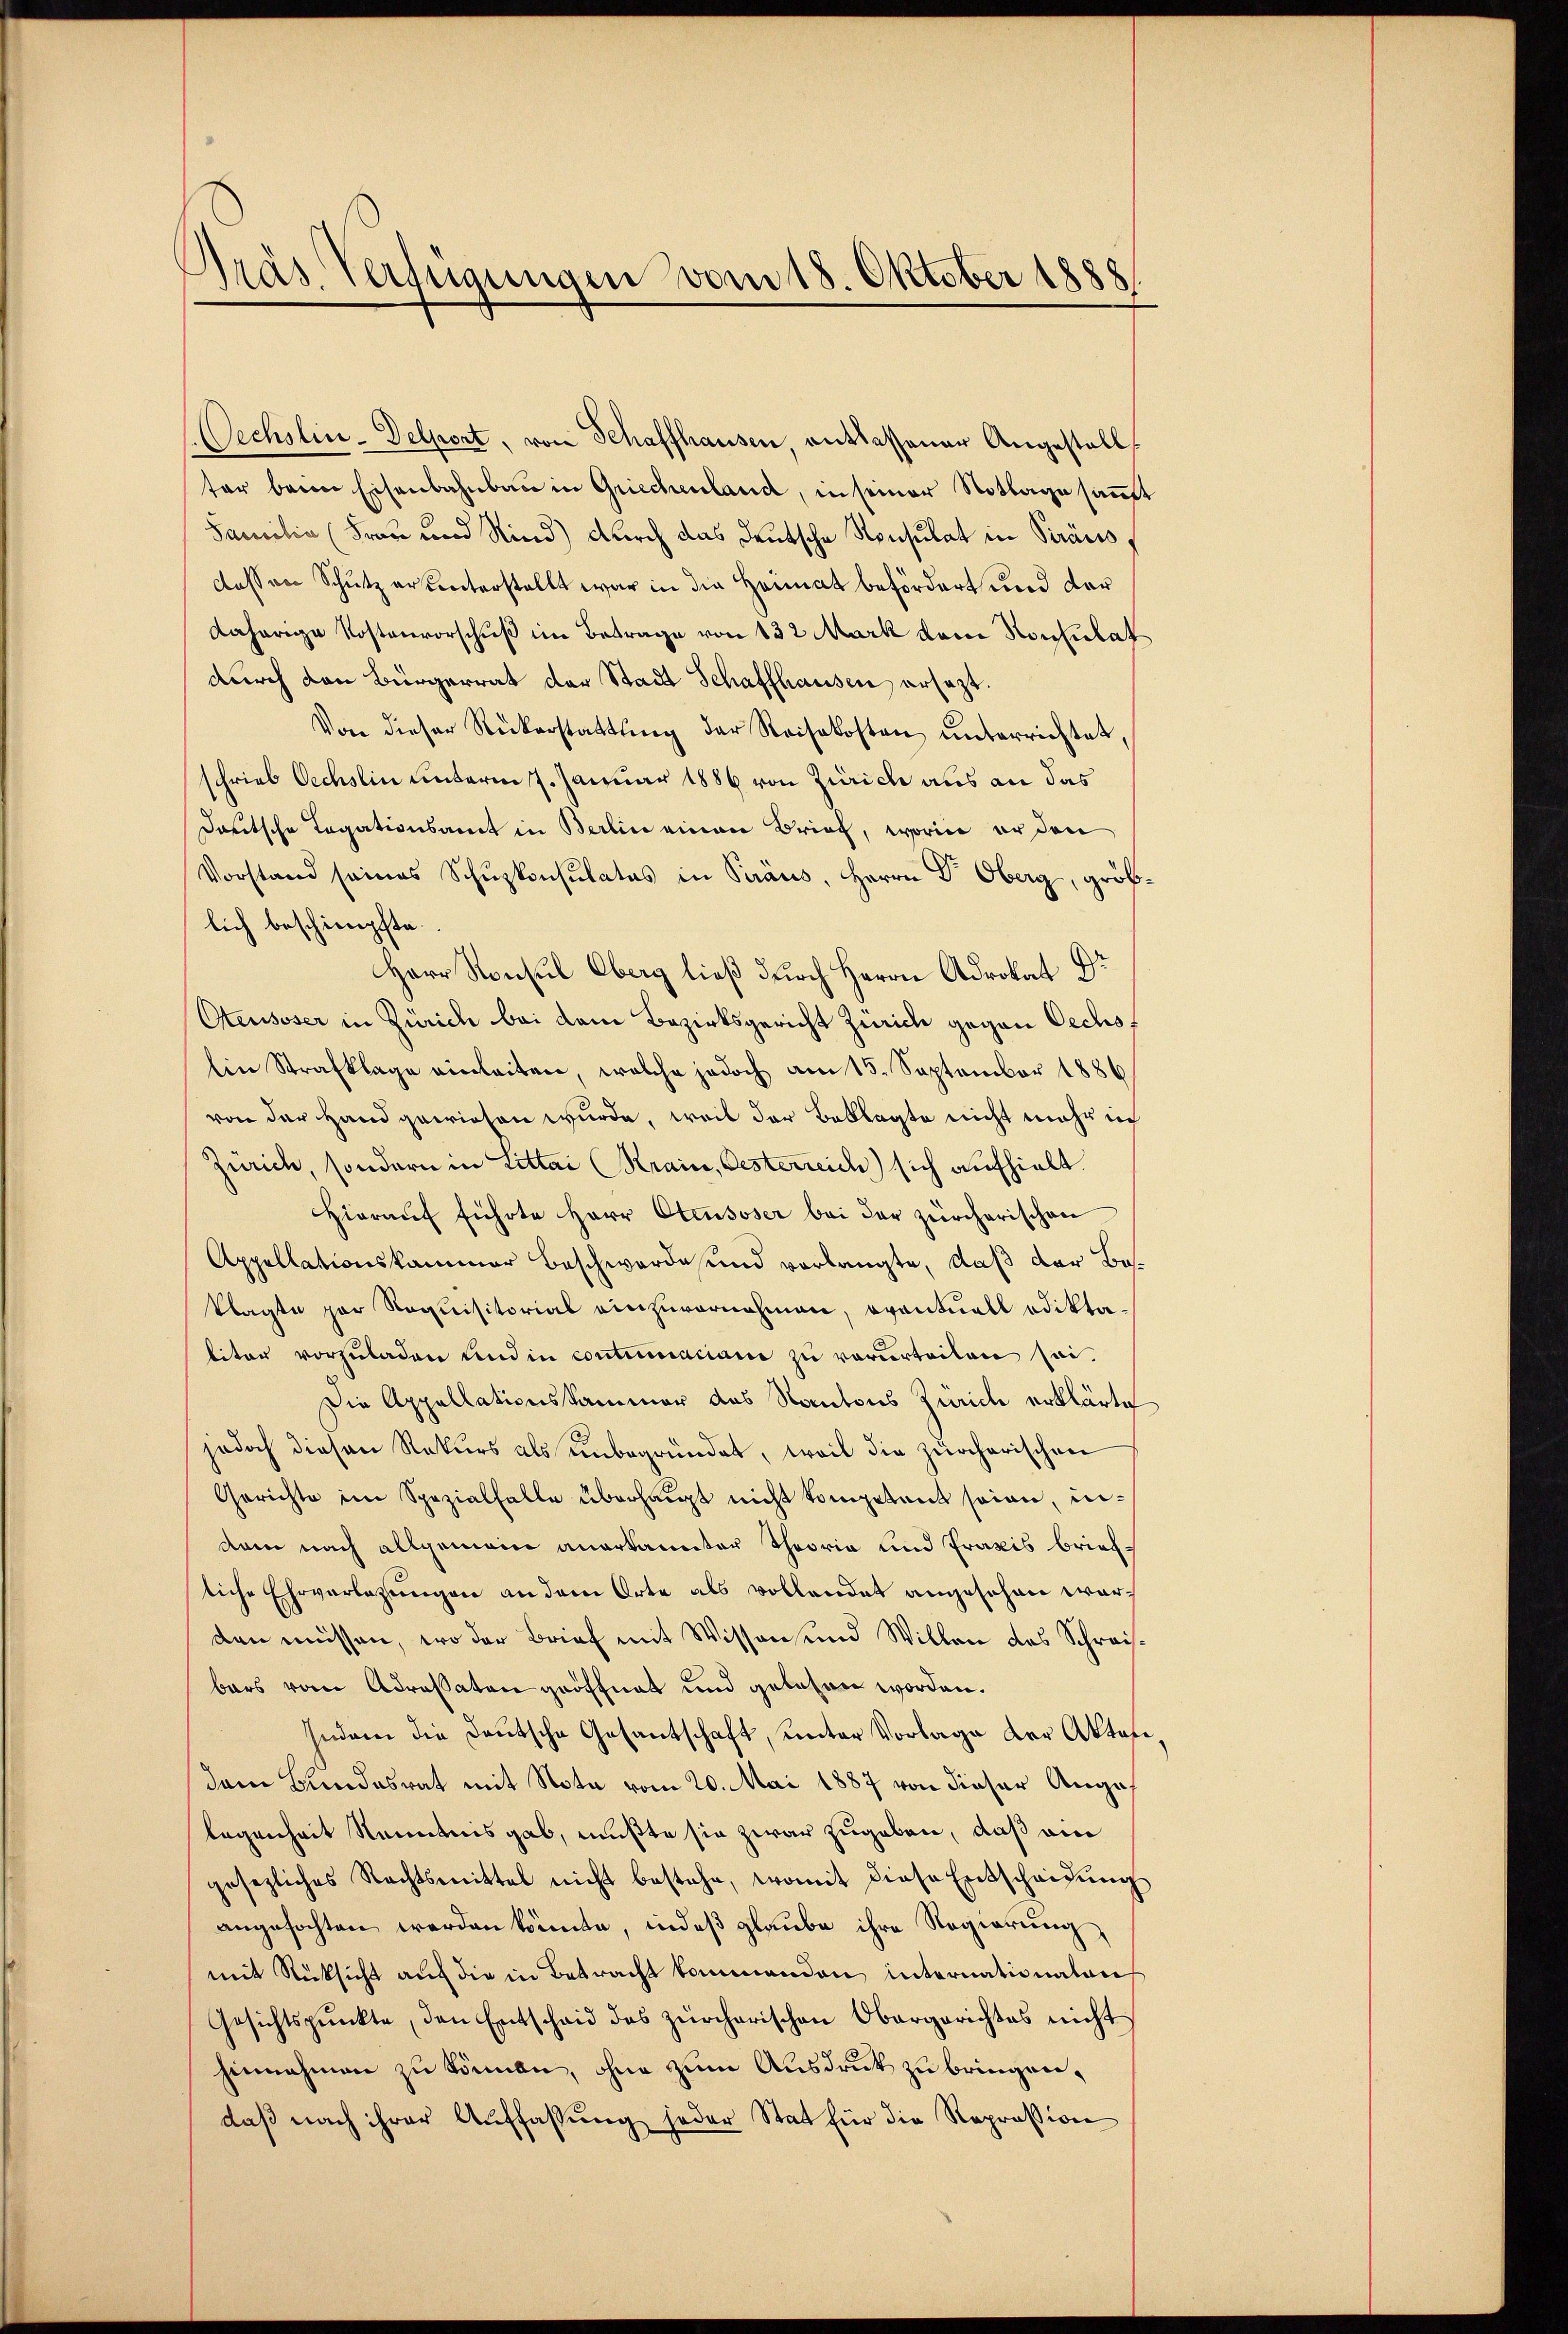
Dräs Verfügungen vom 18. Oktober 1888.

Oechslin-Delvat, von Schaffhausen, entlassener Angestall
ter beim Eisenbahnbau in Griechenland, in seiner Notlage saṁt
Familia (Frau und Rind) durch das deutsche Konsulat in Peraus,
dessen Schutz er unterstellt war in die Heimat befördert und der
daherige Kostenvorschuß im Betrage von 132 Mark dem Konsulat
durch den Bürgerrat der Stadt Schaffhausen ersagt.
Von dieser Rückerstattung der Reisekosten unterrichtet,
schrieb Oechslin unterm 7. Januar 1886 von Zürich aus an das
dautsche Legationsamt in Berlin einen Brief, worin er den
Vorstand seines Schuzkonsulates in Peraus, Herrn Dr. Oberg, größlich beschimpfte.
Herr Konsul Oberg ließ durch Herrn Adrokat Dr
Otensoser in Zürich bei dem Bezirksgericht Zürich gegen Oechs¬
Ein Strafklage einleiten, welche jedoch am 15. September 1886
von der Hand gewiesen wurde, weil der Beklagte nicht mehr ic
Zürich, sondern in Littai (Krain, Oesterreich sich aufhielt.
Hierauf führte Herr Otensoser bei der zürcherischen
Appellationskammer beschwerde und vorlangte, daß der Beklagte par Requisitorial einzuvernehmen, eventuell odikta-
liter vorzuladen und in contumaciare zu verurteilen sei.
Die Appellationskammer des Kantons Zürich erklärte
jedoch diesen Rekurs als unbegründet, weil die zürcherischen
Gerichte im Spezialfalle überhaupt nicht kompetent seien, indem nach allgemein anerkannter Theoria und Praxis briefliche Ehrverlegungen an dem Orte als vollendet angesehen werden müssen, wo der Brief mit Wissen und Willen das Schreisbars vom Adressaten geöffnet und gelesen worden.
Indem die Deutsche Gesantschaft, unter Vorlage der Aktafe
dem Bundesrat mit Nota vom 20. Mai 1887 von dieser Augaf
legenheit Nenntnis gab, mußte sie zwar zugeben, daß am
gesezliches Rechtsmittel nicht bestehe, womit diese Entscheidŭng
angefochten werden könnte, indes glaube ihre Regierŭng
mit Rücksicht auf die in Betracht kommenden internationalans
Gesichtspunkte, den Entscheid des zürcherischen Obergerichtes nicht
hinnahmen zu können, ohne zum Ausdruck zu bringen,
daß nach ihrer Auffassung jeder Stat für die Repräsion